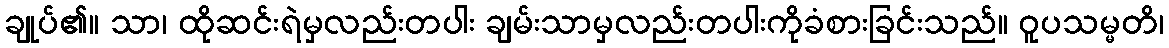
ချုပ်၏။ သာ၊ ထိုဆင်းရဲမှလည်းတပါး ချမ်းသာမှလည်းတပါးကိုခံစားခြင်းသည်။ ဝူပသမ္မတိ၊